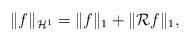
LaTeX: \begin{align*}\|f \|_{\mathcal H^1} = \|f\|_1 + \| \mathcal R f \|_1,\end{align*}